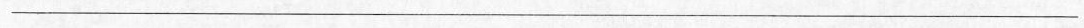
___